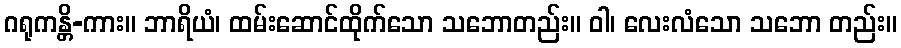
ဂရုကန္တိ-ကား။ ဘာရိယံ၊ ထမ်းဆောင်ထိုက်သော သဘောတည်း။ ဝါ၊ လေးလံသော သဘော တည်း။